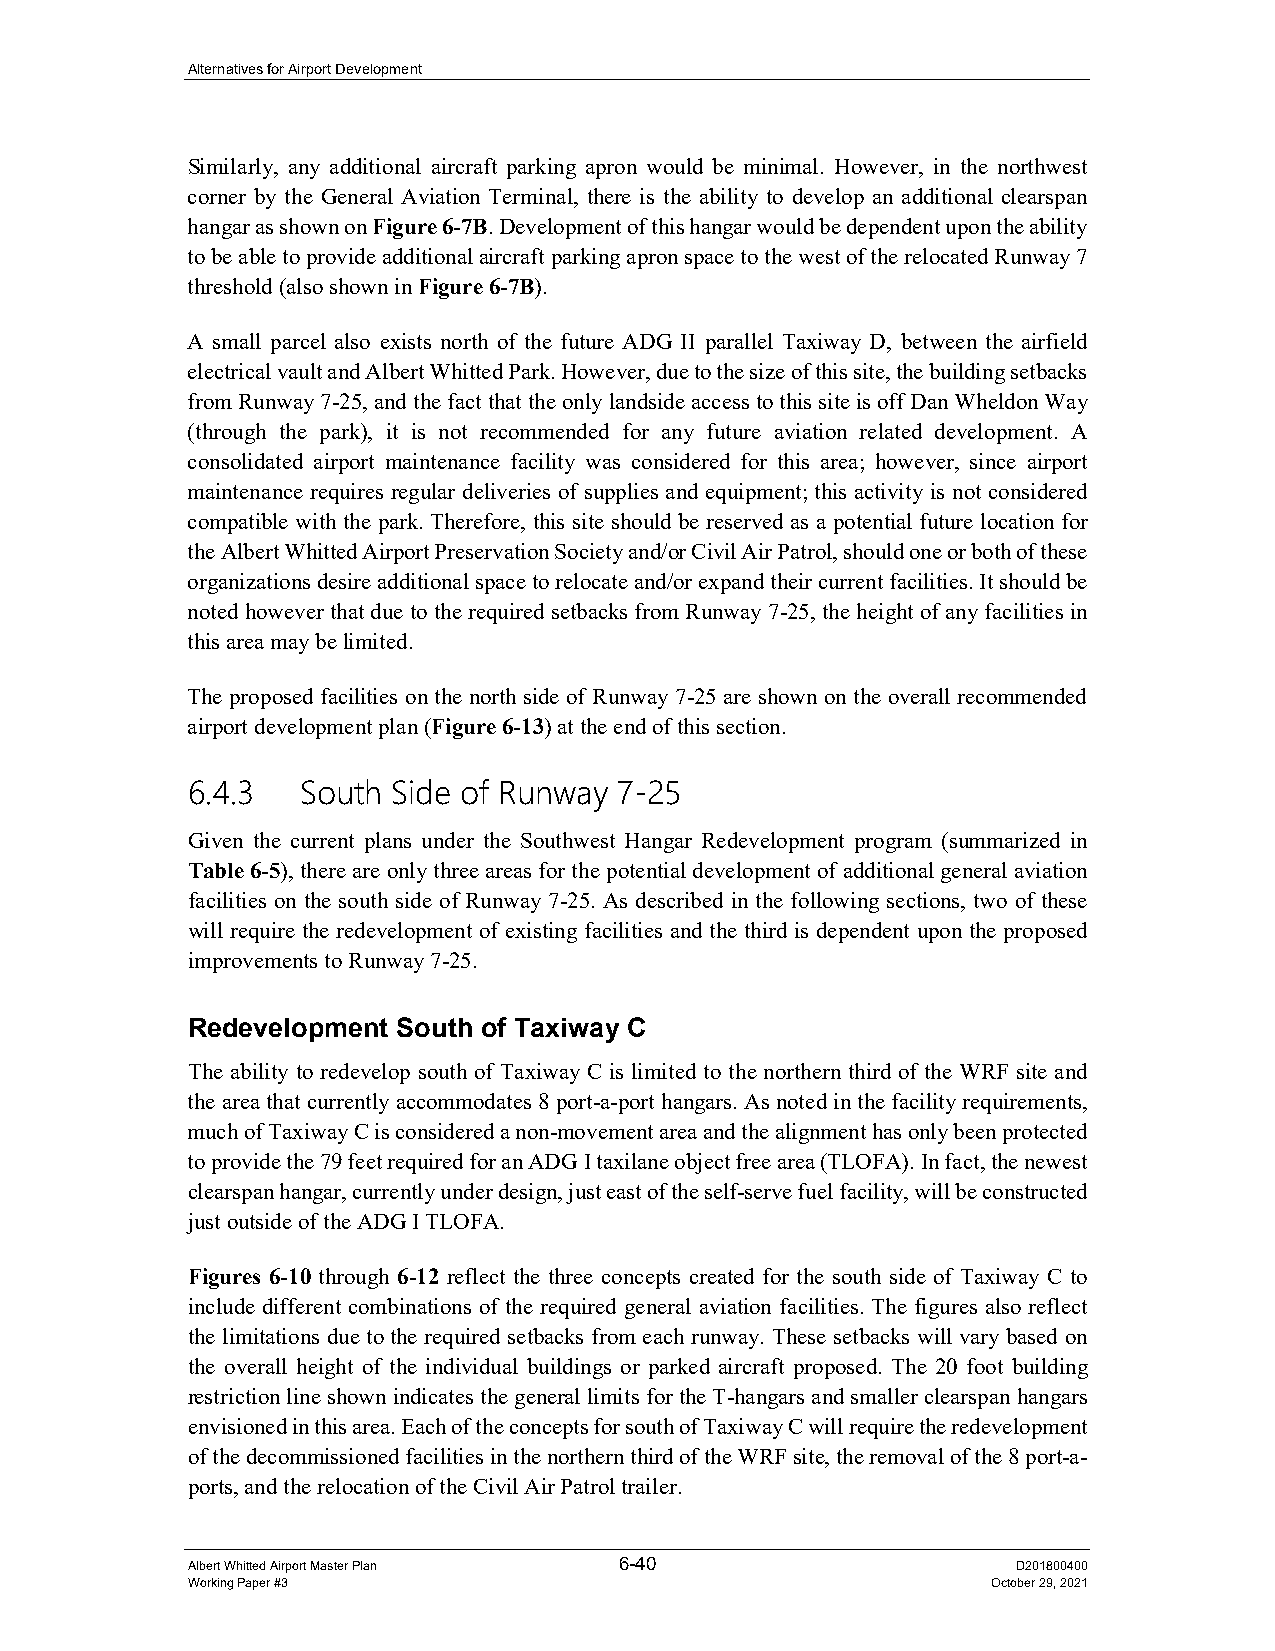
Alternatives for Airport Development
 Similarly, any additional aircraft parking apron would be minimal. However, in the northwest
 corner by the General Aviation Terminal, there is the ability to develop an additional clearspan
 hangar as shown on Figure 6-7B. Development of this hangar would be dependent upon the ability
 to be able to provide additional aircraft parking apron space to the west of the relocated Runway 7
 threshold (also shown in Figure 6-7B).
 A small parcel also exists north of the future ADG II parallel Taxiway D, between the airfield
 electrical vault and Albert Whitted Park. However, due to the size of this site, the building setbacks
 from Runway 7-25, and the fact that the only landside access to this site is off Dan Wheldon Way
 (through the park), it is not recommended for any future aviation related development. A
 consolidated airport maintenance facility was considered for this area; however, since airport
 maintenance requires regular deliveries of supplies and equipment; this activity is not considered
 compatible with the park. Therefore, this site should be reserved as a potential future location for
 the Albert Whitted Airport Preservation Society and/or Civil Air Patrol, should one or both of these
 organizations desire additional space to relocate and/or expand their current facilities. It should be
 noted however that due to the required setbacks from Runway 7-25, the height of any facilities in
 this area may be limited.
 The proposed facilities on the north side of Runway 7-25 are shown on the overall recommended
 airport development plan (Figure 6-13) at the end of this section.
 6.4.3   South Side of Runway 7-25
 Given the current plans under the Southwest Hangar Redevelopment program (summarized in
 Table 6-5), there are only three areas for the potential development of additional general aviation
 facilities on the south side of Runway 7-25. As described in the following sections, two of these
 will require the redevelopment of existing facilities and the third is dependent upon the proposed
 improvements to Runway 7-25.
 Redevelopment South of Taxiway C
 The ability to redevelop south of Taxiway C is limited to the northern third of the WRF site and
 the area that currently accommodates 8 port-a-port hangars. As noted in the facility requirements,
 much of Taxiway C is considered a non-movement area and the alignment has only been protected
 to provide the 79 feet required for an ADG I taxilane object free area (TLOFA). In fact, the newest
 clearspan hangar, currently under design, just east of the self-serve fuel facility, will be constructed
 just outside of the ADG I TLOFA.
 Figures 6-10 through 6-12 reflect the three concepts created for the south side of Taxiway C to
 include different combinations of the required general aviation facilities. The figures also reflect
 the limitations due to the required setbacks from each runway. These setbacks will vary based on
 the overall height of the individual buildings or parked aircraft proposed. The 20 foot building
 restriction line shown indicates the general limits for the T-hangars and smaller clearspan hangars
 envisioned in this area. Each of the concepts for south of Taxiway C will require the redevelopment
 of the decommissioned facilities in the northern third of the WRF site, the removal of the 8 port-a-
 ports, and the relocation of the Civil Air Patrol trailer.
 Albert Whitted Airport Master Plan 6-40                D201800400
 Working Paper #3                                      October 29, 2021